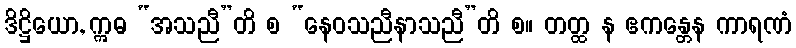
ဒိဋ္ဌိယော, ဣဓ “အသညီ”တိ စ “နေဝသညီနာသညီ”တိ စ။ တတ္ထ န ဧကန္တေန ကာရဏံ